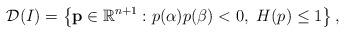
LaTeX: \begin{align*}\mathcal{D}(I) = \left\{{\bf p}\in\mathbb{R}^{n+1} : p(\alpha)p(\beta)< 0, \ H(p)\le 1\right\},\end{align*}